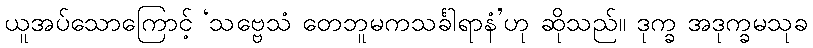
ယူအပ်သောကြောင့် ‘သဗ္ဗေသံ တေဘူမကသင်္ခါရာနံ’ဟု ဆိုသည်။ ဒုက္ခ အဒုက္ခမသုခ